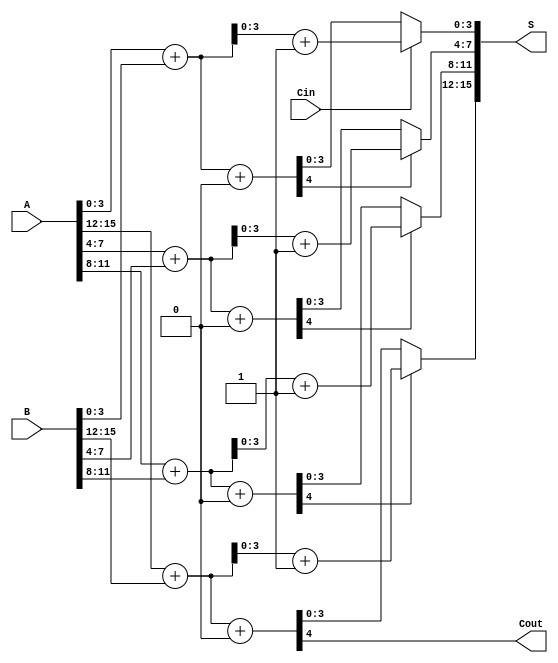
module han_carlson_adder #(parameter N = 16, // Total bit width
                           parameter M = 4)  // Segment size
(
    input  [N-1:0] A,      // First operand
    input  [N-1:0] B,      // Second operand
    input          Cin,     // Carry-in
    output [N-1:0] S,      // Sum output
    output         Cout     // Carry-out
);

    localparam SEGMENTS = N / M; // Number of segments
    wire [M-1:0] sum0 [0:SEGMENTS-1]; // Sums assuming carry-in = 0
    wire [M-1:0] sum1 [0:SEGMENTS-1]; // Sums assuming carry-in = 1
    wire carry_out0 [0:SEGMENTS-1]; // Carry-out assuming carry-in = 0
    wire carry_out1 [0:SEGMENTS-1]; // Carry-out assuming carry-in = 1
    wire carry_in_segment [0:SEGMENTS-1]; // Carry-in for each segment

    // Generate partial sums and carry outputs for each segment
    genvar i;
    generate
        for (i = 0; i < SEGMENTS; i = i + 1) begin : segment
            wire [M-1:0] A_segment = A[M*i +: M];
            wire [M-1:0] B_segment = B[M*i +: M];
            wire Cin_segment = (i == 0) ? Cin : carry_out0[i-1];

            // Compute sums and carry-outs for both cases
            assign {carry_out0[i], sum0[i]} = A_segment + B_segment + 1'b0;
            assign {carry_out1[i], sum1[i]} = A_segment + B_segment + 1'b1;

            // Determine carry-in for the next segment
            assign carry_in_segment[i] = (i == 0) ? Cin : carry_out0[i-1];
        end
    endgenerate

    // Select the final sum and carry-out based on the carry-in
    generate
        for (i = 0; i < SEGMENTS; i = i + 1) begin : mux
            assign S[M*i +: M] = (carry_in_segment[i]) ? sum1[i] : sum0[i];
            assign carry_out_segment[i] = (carry_in_segment[i]) ? carry_out1[i] : carry_out0[i];
        end
    endgenerate

    // Final carry-out is the carry-out of the last segment
    assign Cout = carry_out0[SEGMENTS-1];

endmodule